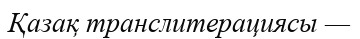
Қазақ транслитерациясы —